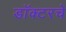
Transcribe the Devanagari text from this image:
डॉक्टरचे